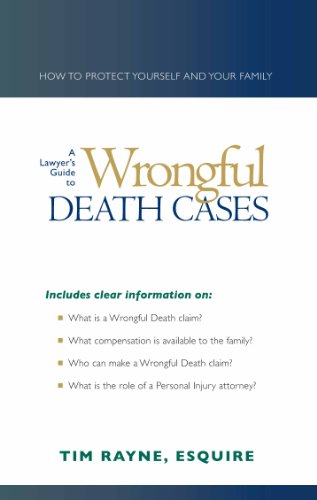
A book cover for A Lawyer's Guide to Wrongful Death Cases; Tim Rayne; Law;